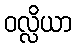
ဝလ္လိယာ